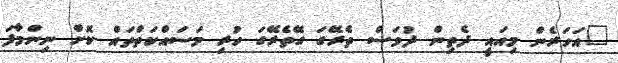
"އަހަރެން މިއައީ ދެތިން ދުވަސް ތެރޭގަ ގޭތެރޭގަ ހުރި މަސައްކަތްތައް ކޮށް ނިންމާފަ